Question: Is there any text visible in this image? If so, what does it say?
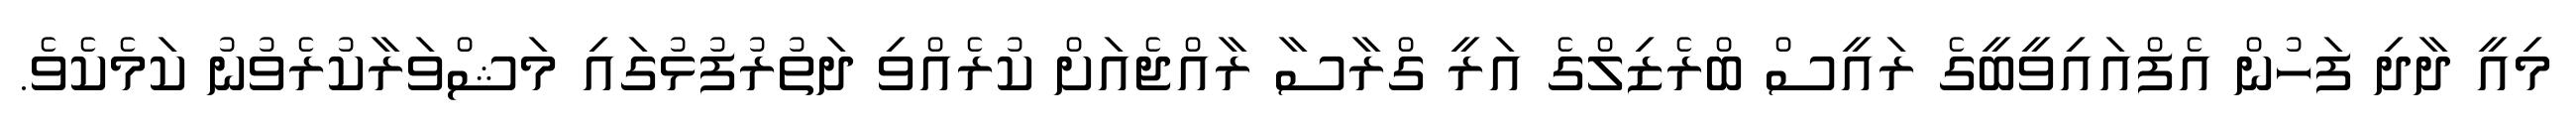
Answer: މިއީ ދާދި ފަހުން އެފްއައިވީބީގެ ރައީސް ބްރެޒިލްގެ އަރީ ގްރާސާ ރާއްޖެއަށް ކުރެއްވި ދަތުރުފުޅުގައި މަޝްވަރާކުރެވުނު ކަމެކެވެ.